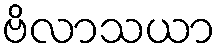
ဗိလာသယာ